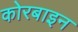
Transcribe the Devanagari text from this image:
कोरबाइन